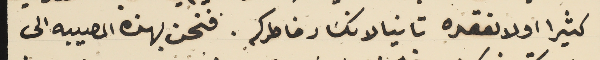
كثيرا اولا لفقده تانيا لانكسَار خاطركم. فنحن بهذه المصيبه الى